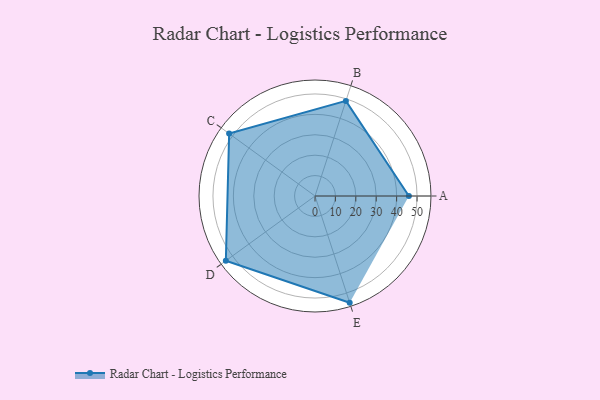
{"axis": {"x": "Skill", "y": "Score"}, "legend": ["Profile"], "data": [{"x": "A", "y": 46.0, "type": "Profile"}, {"x": "B", "y": 49.0, "type": "Profile"}, {"x": "C", "y": 52.0, "type": "Profile"}, {"x": "D", "y": 54.0, "type": "Profile"}, {"x": "E", "y": 55.0, "type": "Profile"}]}